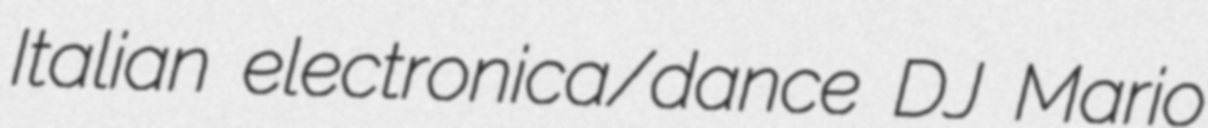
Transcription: Italian electronica/dance DJ Mario